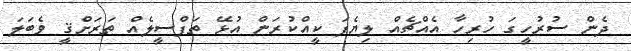
ދެން ސުރުހީގަ ހުރިހާ އެއްޗެއް ލިޔެފަ ކީއްކުރަން އުޅޭ ތަފްސީލެއް ތަރަށްޤީ ވެބަލަ